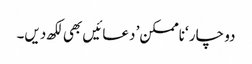
دو چار ‘ناممکن’ دعائیں بھی لکھ دیں۔